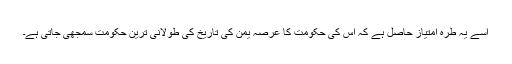
اسے یہ طرہ امتیاز حاصل ہے کہ اس کی حکومت کا عرصہ یمن کی تاریخ کی طولانی ترین حکومت سمجھی جاتی ہے۔